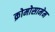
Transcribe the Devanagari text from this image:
क्रोमोसामेम